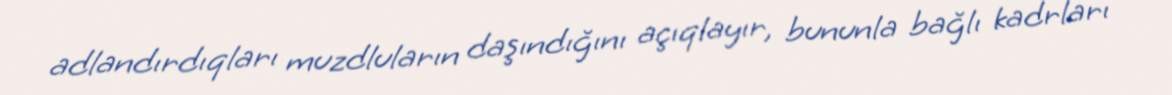
adlandırdıqları muzdluların daşındığını açıqlayır, bununla bağlı kadrları